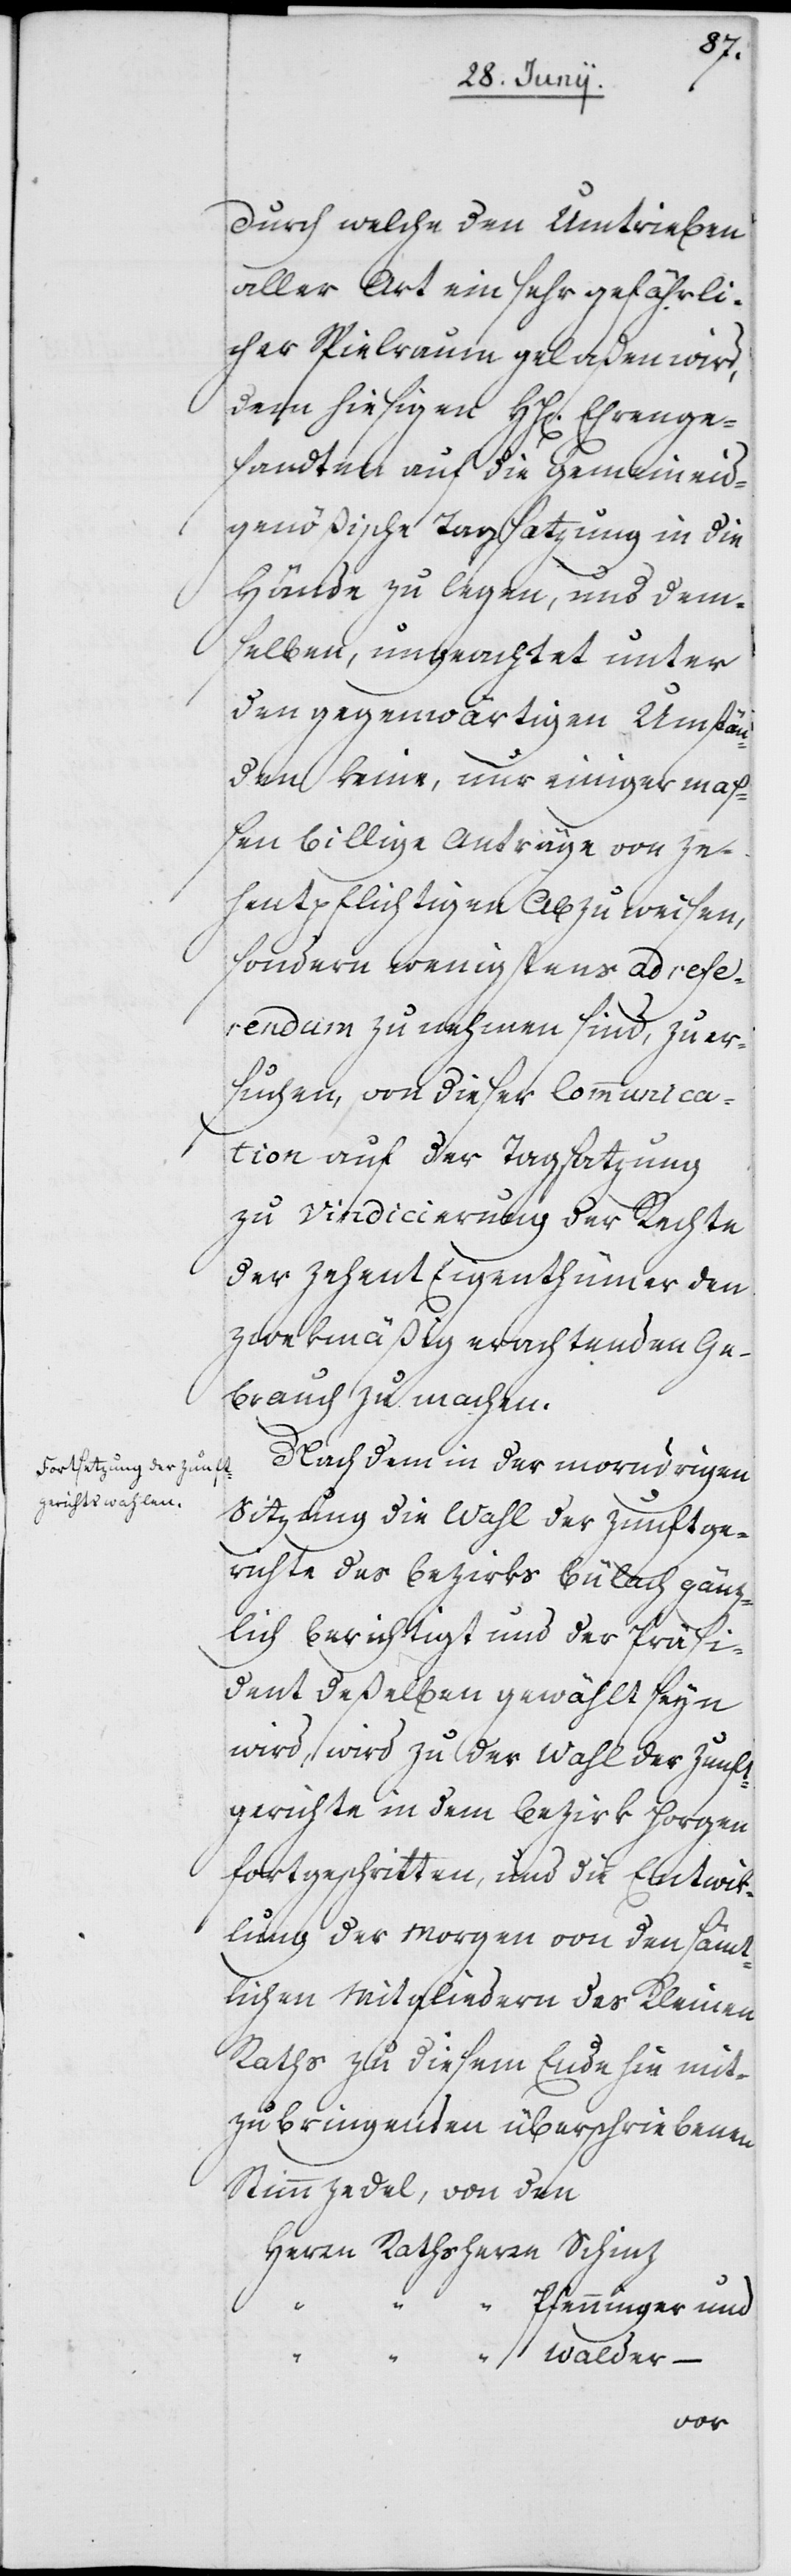
durch welche den Umtrieben
aller Art ein sehr gefährli¬
cher Spielraum geladen wird,
dem hiesigen HH[errn] Ehrenge¬
sandten auf die gemeineid¬
genößische Tagsatzung in die
Hände zu legen, und dem¬
selben, ungeachtet unter
den gegenwärtigen Umstän¬
den keine, nur einigermaß¬
en billige Anträge von Ze¬
hentpflichtigen Abzuweisen,
sondern wenigstens ad refe¬
rendum zu nehmen sind, zu er¬
suchen, von dieser Communica¬
tion auf der Tagsatzung
zu Vindicierung der Rechte
der Zehent Eigentümer den
zwekmäßig erachtenden Ge¬
brauch zu machen.
Nach dem in der morndrigen
Sizung die Wahl der Zunftge¬
richte des Bezirks Bülach gänz¬
lich berichtigt und der Präsi¬
dent deßelben gewählt seyn
wird, wird zu der Wahl der Zunft¬
gerichte in dem Bezirk Horgen
fortgeschritten, und die Entwik¬
lung der Morgen von den sämt¬
lichen Mitgliedern des Kleinen
Raths zu diesem Ende hin mit¬
zubringenden überschriebenen
Stimmzedel, von den
Herrn Rathsherrn Schinz
Pfenninger und
“ Walder –